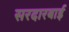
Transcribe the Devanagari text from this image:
सरदारबाई